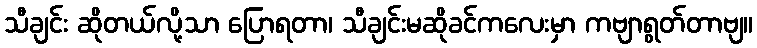
သီချင်း ဆိုတယ်လို့သာ ပြောရတာ၊ သီချင်းမဆိုခင်ကလေးမှာ ကဗျာရွတ်တာဗျ။